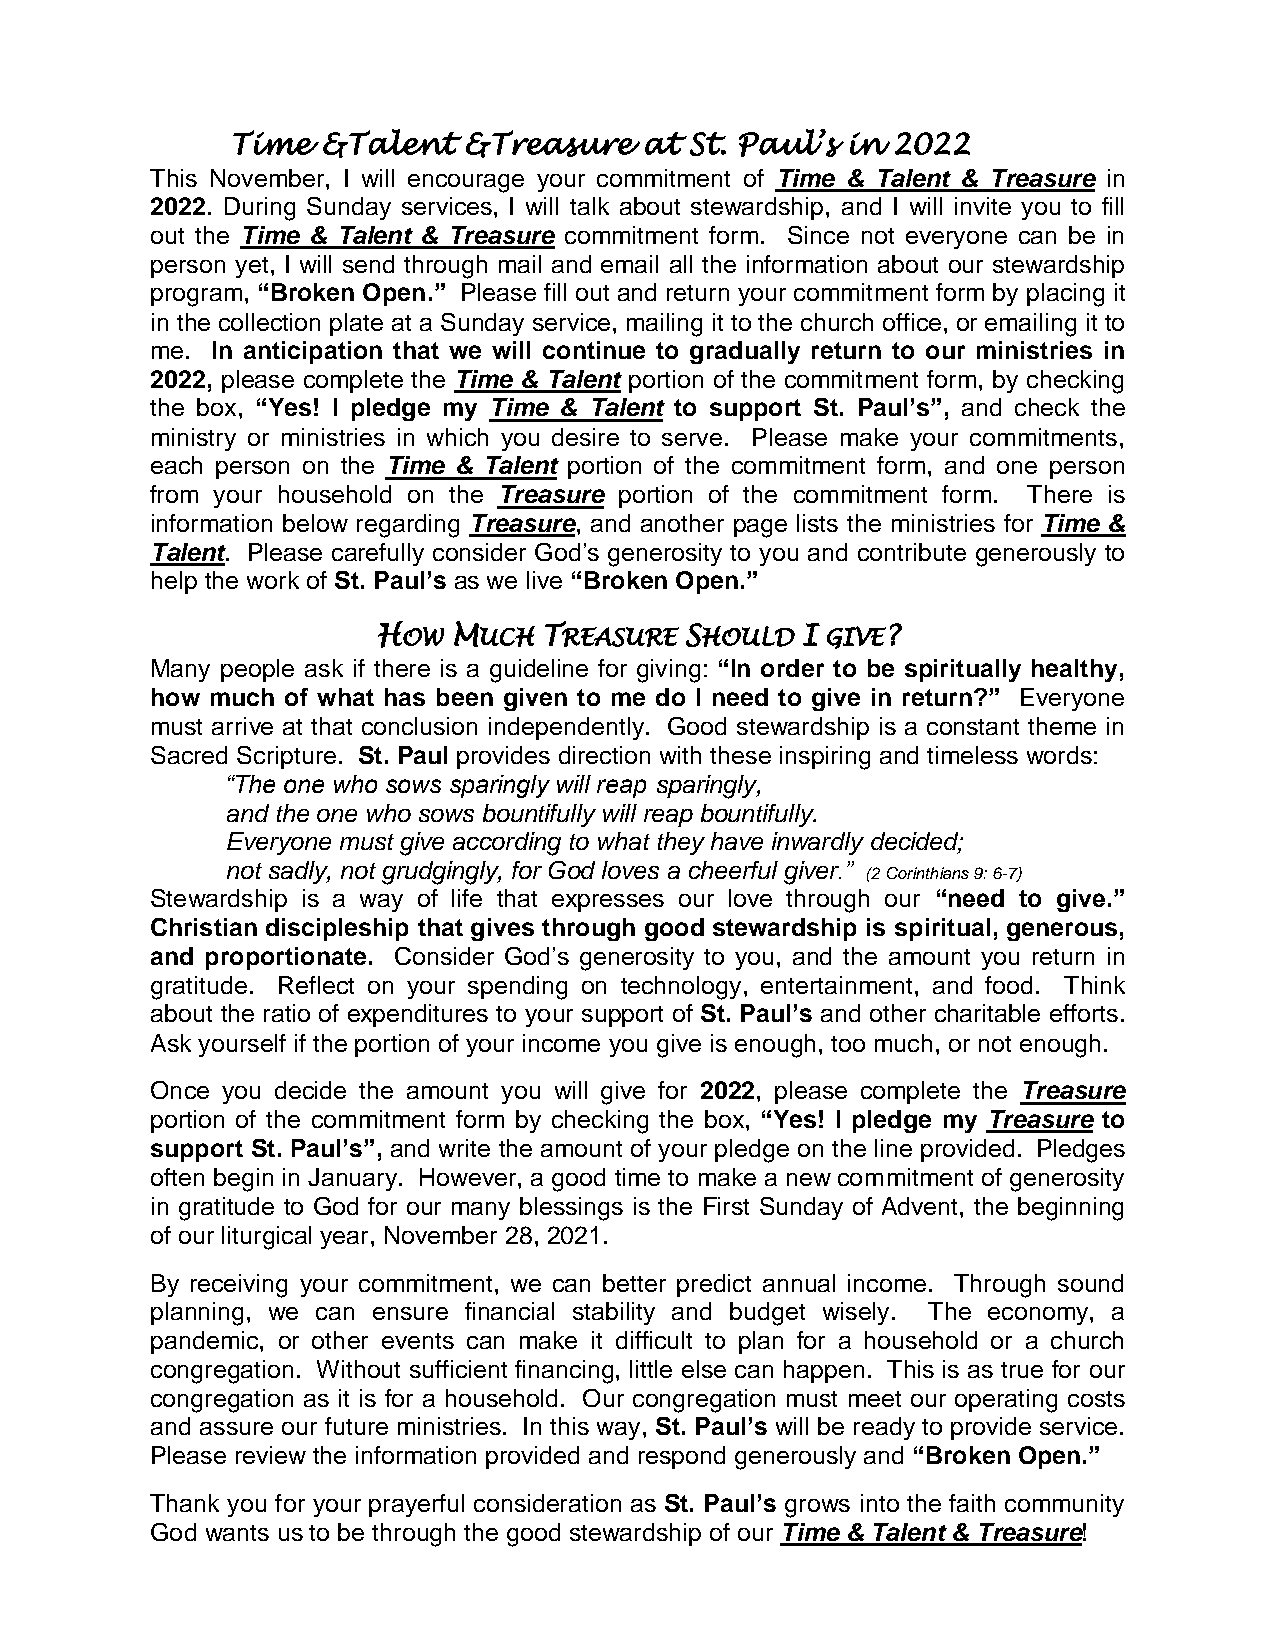
Time  &Talent   &Treasure   at St. Paul’s in 2022
 This November, I will encourage your commitment of Time & Talent & Treasure in
 2022. During Sunday services, I will talk about stewardship, and I will invite you to fill
 out the Time & Talent & Treasure commitment form. Since not everyone can be in
 person yet, I will send through mail and email all the information about our stewardship
 program, “Broken Open.” Please fill out and return your commitment form by placing it
 in the collection plate at a Sunday service, mailing it to the church office, or emailing it to
 me. In anticipation that we will continue to gradually return to our ministries in
 2022, please complete the Time & Talent portion of the commitment form, by checking
 the box, “Yes! I pledge my Time & Talent to support St. Paul’s”, and check the
 ministry or ministries in which you desire to serve. Please make your commitments,
 each person on the Time & Talent portion of the commitment form, and one person
 from your household on the Treasure portion of the commitment form. There is
 information below regarding Treasure, and another page lists the ministries for Time &
 Talent. Please carefully consider God’s generosity to you and contribute generously to
 help the work of St. Paul’s as we live “Broken Open.”
 HOW  MUCH  TREASURE SHOULD  I GIVE?
 Many people ask if there is a guideline for giving: “In order to be spiritually healthy,
 how much of what has been given to me do I need to give in return?” Everyone
 must arrive at that conclusion independently. Good stewardship is a constant theme in
 Sacred Scripture. St. Paul provides direction with these inspiring and timeless words:
 “The one who sows sparingly will reap sparingly,
 and the one who sows bountifully will reap bountifully.
 Everyone must give according to what they have inwardly decided;
 not sadly, not grudgingly, for God loves a cheerful giver.”
 (2 Corinthians 9: 6-7)
 Stewardship is a way of life that expresses our love through our “need to give.”
 Christian discipleship that gives through good stewardship is spiritual, generous,
 and proportionate. Consider God’s generosity to you, and the amount you return in
 gratitude. Reflect on your spending on technology, entertainment, and food. Think
 about the ratio of expenditures to your support of St. Paul’s and other charitable efforts.
 Ask yourself if the portion of your income you give is enough, too much, or not enough.
 Once you decide the amount you will give for 2022, please complete the Treasure
 portion of the commitment form by checking the box, “Yes! I pledge my Treasure to
 support St. Paul’s”, and write the amount of your pledge on the line provided. Pledges
 often begin in January. However, a good time to make a new commitment of generosity
 in gratitude to God for our many blessings is the First Sunday of Advent, the beginning
 of our liturgical year, November 28, 2021.
 By receiving your commitment, we can better predict annual income. Through sound
 planning, we can ensure financial stability and budget wisely. The economy, a
 pandemic, or other events can make it difficult to plan for a household or a church
 congregation. Without sufficient financing, little else can happen. This is as true for our
 congregation as it is for a household. Our congregation must meet our operating costs
 and assure our future ministries. In this way, St. Paul’s will be ready to provide service.
 Please review the information provided and respond generously and “Broken Open.”
 Thank you for your prayerful consideration as St. Paul’s grows into the faith community
 God wants us to be through the good stewardship of our Time & Talent & Treasure!